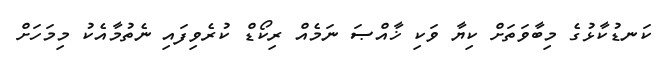
ކަނޑުކާޅުގެ މިބާވަތަށް ކިޔާ ވަކި ޚާއްޞަ ނަމެއް ރިކޯޑް ކުރެވިފައި ނެތުމާއެކު މިމަހަަށް